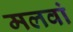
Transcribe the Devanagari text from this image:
मलवां